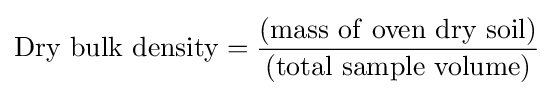
{\rm {{Dry\ bulk\ density}={\frac {\rm {(mass\ of\ oven\ dry\ soil)}}{\rm {(total\ sample\ volume)}}}}}